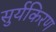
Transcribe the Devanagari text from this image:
सुर्यकिरण